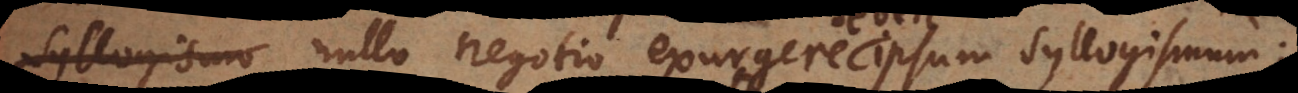
o nullo negotio exurgere ipsum syllogismum